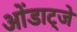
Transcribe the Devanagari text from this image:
ओंडाट्जे